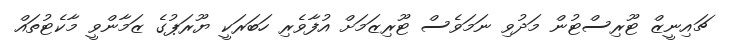
ޗައިނީޒް ޓޫރިސްޓުން މަދުވި ނަމަވެސް ޓޫރިޒަމަށް އުފާވެރި ހަބަރަކީ ޔޫރަޕުގެ ޒަމާންވީ މާކެޓުތައް